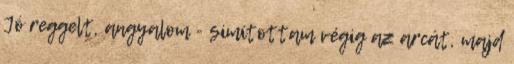
Jó reggelt, angyalom - simítottam végig az arcát, majd